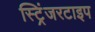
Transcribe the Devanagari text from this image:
स्ट्रिंजरटाइप